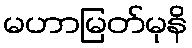
မဟာမြတ်မုနိ